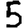
Digit: 5